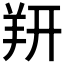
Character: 𬙲